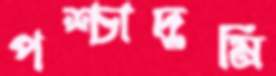
পশ্চাদ্‌ভূমি